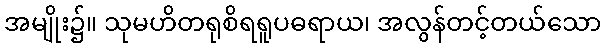
အမျိုး၌။ သုမဟိတရုစိရရူပဓရာယ၊ အလွန်တင့်တယ်သော